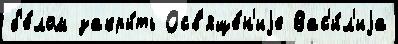
б'е́лом закры́ть Осв'яще́н'иjе Вас'и́л'иjа